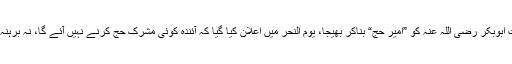
اسی سال حضرت ابوبکر رضی اللہ عنہ کو ”اَمیر حج“ بناکر بھیجا، یوم النحر میں اعلان کیا گیا کہ آئندہ کوئی مشرک حج کرنے نہیں آئے گا، نہ برہنہ طواف کرے گا۔